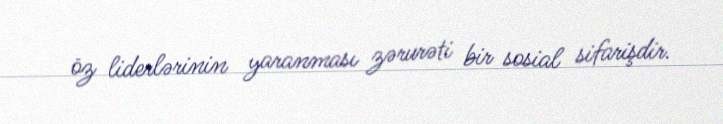
öz liderlərinin yaranması zərurəti bir sosial sifarişdir.